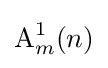
\operatorname {A} _{m}^{1}(n)